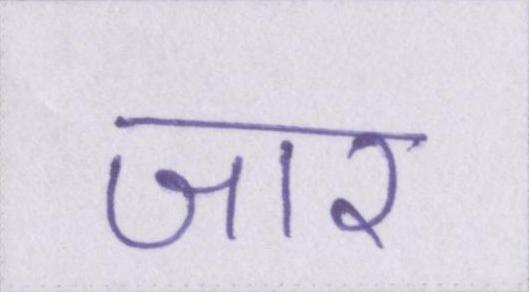
जार